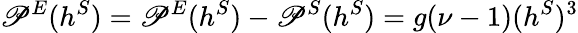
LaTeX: {\cal\mathscr{P}}^{E}(h^{S})={\cal\mathscr{P}}^{E}(h^{S})-{\cal\mathscr{P}}^{S}(h^{S})=g(\nu-1)(h^{S})^{3}